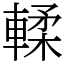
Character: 輮